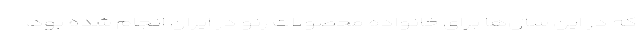
که در این سال‌ها برای خانواده محصولات رنو در ایران انجام شده بود،